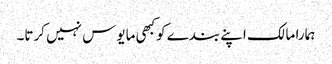
ہمارا مالک اپنے بندے کوکبھی مایوس نہیں کرتا۔